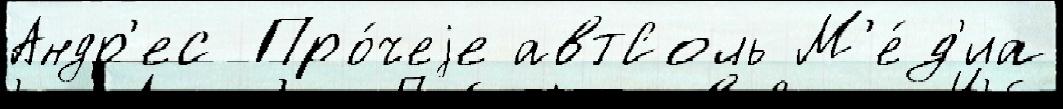
Андр'ес Про́чеjе автСоль М'е́д'иа